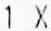
1 X